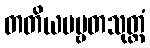
တတိယပဗ္ဗတသုတ္တံ